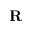
\textbf { R }